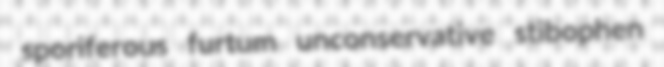
sporiferous furtum unconservative stibophen